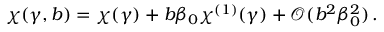
\chi ( \gamma , b ) = \chi ( \gamma ) + b \beta _ { 0 } \chi ^ { ( 1 ) } ( \gamma ) + { \mathcal O } ( b ^ { 2 } \beta _ { 0 } ^ { 2 } ) \, .